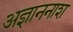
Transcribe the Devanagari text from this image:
अज्ञाननाश